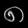
Digit: ၈